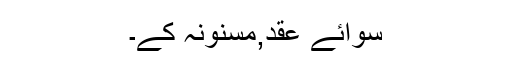
سوائے عقد,مسنونہ کے۔